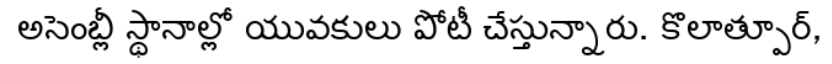
అసెంబ్లీ స్థానాల్లో యువకులు పోటీ చేస్తున్నారు. కొలాత్పూర్,